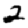
Digit: 2